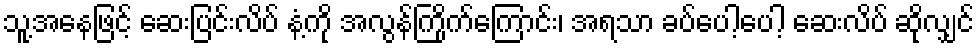
သူ့အနေဖြင့် ဆေးပြင်းလိပ် နံ့ကို အလွန်ကြိုက်ကြောင်း၊ အရသာ ခပ်ပေါ့ပေါ့ ဆေးလိပ် ဆိုလျှင်